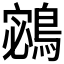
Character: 𪂁